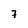
Character: 7